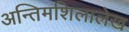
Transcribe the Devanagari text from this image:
अन्तिमशिलालेख